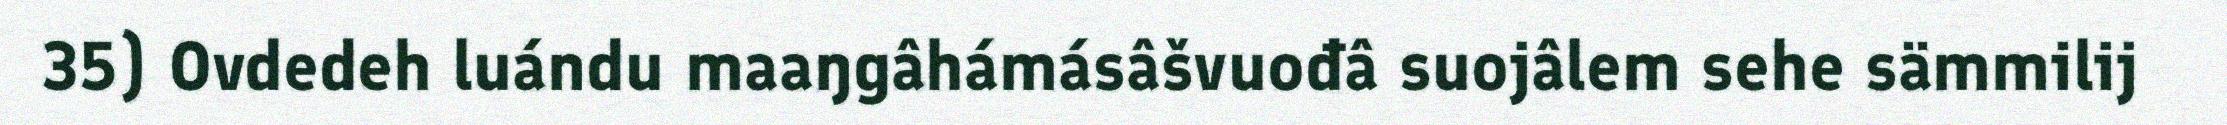
35) Ovdedeh luándu maaŋgâhámásâšvuođâ suojâlem sehe sämmilij